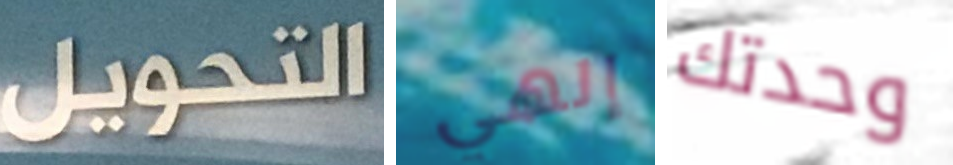
التحويل إلهي وحدتك